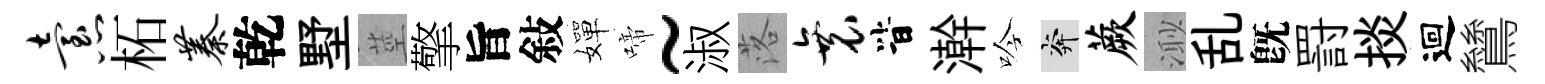
怠柘蓁乾墅莖擎旨敍嬋啼~淑落衰𣅜澣吟奔蕨𣺌乱旣罸掞迴鷥